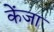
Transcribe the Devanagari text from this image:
केंजा